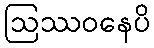
ဩဿဝနေပိ